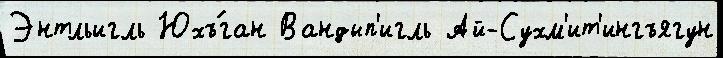
Энтльигль Юхъ́ган Вандып'игль Ай-Сухм'ит'ингъягун